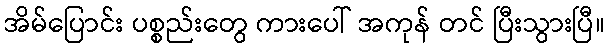
အိမ်ပြောင်း ပစ္စည်းတွေ ကားပေါ် အကုန် တင် ပြီးသွားပြီ။